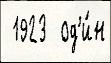
 1923  од'и́н